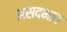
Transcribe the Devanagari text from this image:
असदभाव